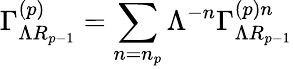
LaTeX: \Gamma_{\Lambda R_{p-1}}^{\left(p\right)}=\sum_{n=n_{p}}\Lambda^{-n}\Gamma_{\Lambda R_{p-1}}^{\left(p\right)n}